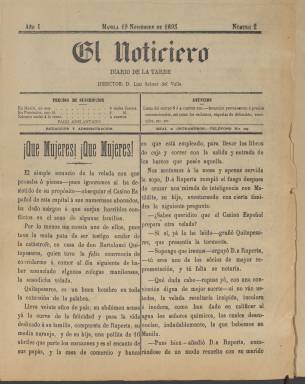
Título: El Noticiero (Manila)
Colección: Periódicos
Ámbito geográfico: Filipinas
Lugar de publicación: Manila
Fechas: 19/11/1895-14/03/1896